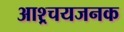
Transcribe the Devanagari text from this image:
आश्र्चयजनक